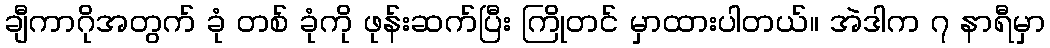
ချီကာဂိုအတွက် ခုံ တစ် ခုံကို ဖုန်းဆက်ပြီး ကြိုတင် မှာထားပါတယ်။ အဲဒါက ၇ နာရီမှာ